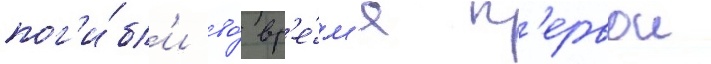
пог'и́бл'и во́ вр'е́м'я п'ервои